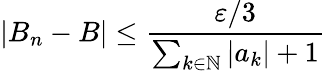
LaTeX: |B_{n}-B|\leq{\frac{\varepsilon/3}{\sum_{k\in{\mathbb{N}}}|a_{k}|+1}}